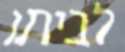
לביתו